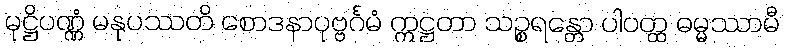
မုဋ္ဌိပဏ္ဏံ မနုပဿတိ စောဒနာပုဗ္ဗင်္ဂမံ ဣဋ္ဌတာ သဉ္စရန္တော ပါပတ္ထ ဓမ္မဿာမီ